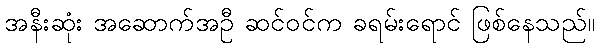
အနီးဆုံး အဆောက်အဦ ဆင်ဝင်က ခရမ်းရောင် ဖြစ်နေသည်။